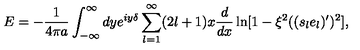
E = - { \frac { 1 } { 4 \pi a } } \int _ { - \infty } ^ { \infty } d y e ^ { i y \delta } \sum _ { l = 1 } ^ { \infty } ( 2 l + 1 ) x { \frac { d } { d x } } \ln [ 1 - \xi ^ { 2 } ( ( s _ { l } e _ { l } ) ^ { \prime } ) ^ { 2 } ] ,